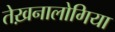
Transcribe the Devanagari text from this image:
तेख़नालोगिया